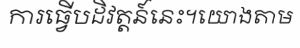
ការធ្វើបដិវត្តន៍នេះ។យោងតាម